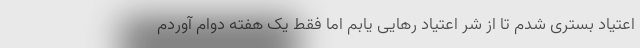
اعتیاد بستری شدم تا از شر اعتیاد رهایی یابم اما فقط یک هفته دوام آوردم